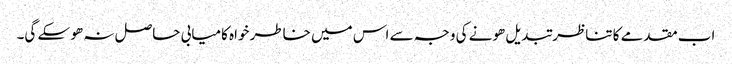
اب مقدمے کا تناظر تبدیل ھونے کی وجہ سے اس میں خاطر خواہ کامیابی حاصل نہ ھو سکے گی۔